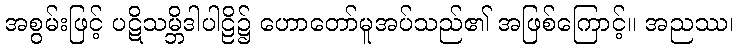
အစွမ်းဖြင့် ပဋိသမ္ဘိဒါပါဠိ၌ ဟောတော်မူအပ်သည်၏ အဖြစ်ကြောင့်။ အညဿ၊